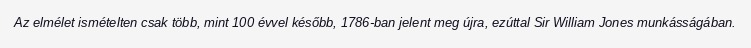
Az elmélet ismételten csak több, mint 100 évvel később, 1786-ban jelent meg újra, ezúttal Sir William Jones munkásságában.